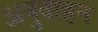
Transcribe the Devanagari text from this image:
अनुवाहन